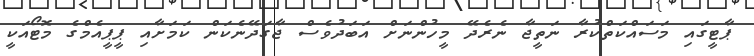
ޕާޓީގައި މަސައްކަތްކުރާ ނަތީޖާ ނެރެދޭ މީހުންނަށް އަބަދުވެސް ޖާގަދޭނެކަން ކަމަށާއި ޕީޕީއެމްގެ މޮޓޯއަކީ